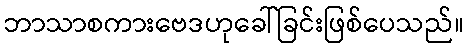
ဘာသာစကားဗေဒဟုခေါ်ခြင်းဖြစ်ပေသည်။